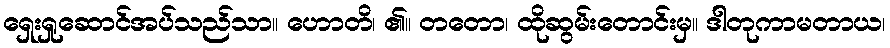
ရှေးရှုဆောင်အပ်သည်သာ။ ဟောတိ၊ ၏။ တတော၊ ထိုဆွမ်းတောင်းမှ။ ဒါတုကာမတာယ၊